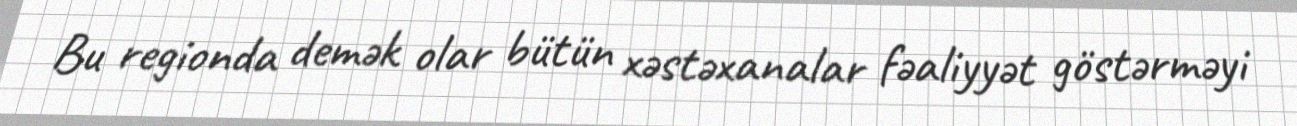
Bu regionda demək olar bütün xəstəxanalar fəaliyyət göstərməyi